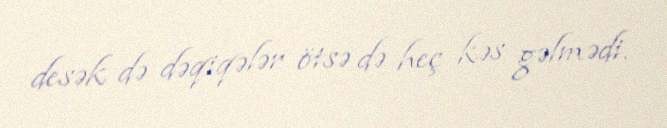
desək də dəqiqələr ötsə də heç kəs gəlmədi.